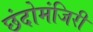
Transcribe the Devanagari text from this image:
छंदोमंजिरी